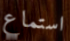
استماع